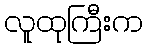
လူထုကြီးက